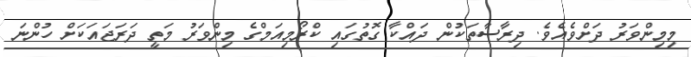
މިމިންވަރު ދަށްވެއެވެ. ދިރާސާތަކުން ދައްކާ ގޮތުގައި ކްރޯމިއަމްގެ މިންވަރު މަތީ ދަރަޖައަކަށް ހުންނަ